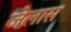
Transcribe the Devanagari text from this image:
जेलास